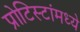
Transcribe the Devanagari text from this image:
प्रोटिस्टांमध्ये